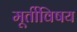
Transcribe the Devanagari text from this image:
मूर्तीविषय